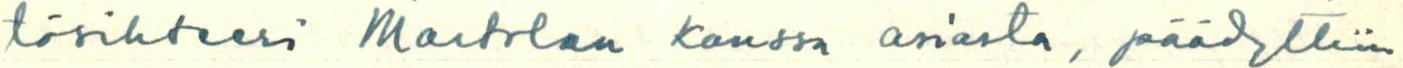
tösihteeri Martelan kanssa asiasta, päädyttiin